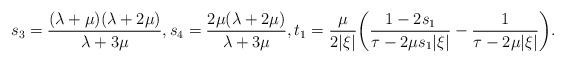
LaTeX: \begin{align*} s_3=\frac{(\lambda+\mu)(\lambda+2\mu)}{\lambda+3\mu}, s_4=\frac{2\mu(\lambda+2\mu)}{\lambda+3\mu}, t_1= \frac{\mu}{2|\xi|}\biggl(\frac{1-2s_1}{\tau-2\mu s_1|\xi|}-\frac{1}{\tau-2\mu|\xi|}\biggr).\end{align*}